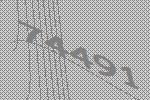
74491